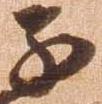
子